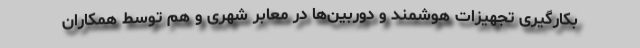
بکارگیری تجهیزات هوشمند و دوربین‌ها در معابر شهری و هم توسط همکاران